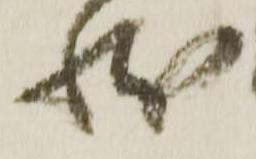
状